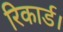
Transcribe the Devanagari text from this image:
रिकार्ड।